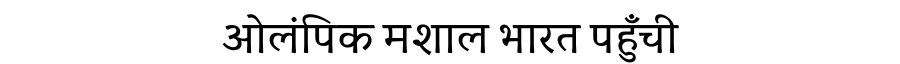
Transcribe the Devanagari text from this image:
ओलंपिक मशाल भारत पहुँची